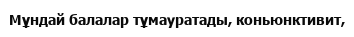
Мұндай балалар тұмауратады, коньюнктивит,